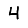
Digit: 4